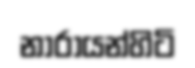
නාරායන්හිටි